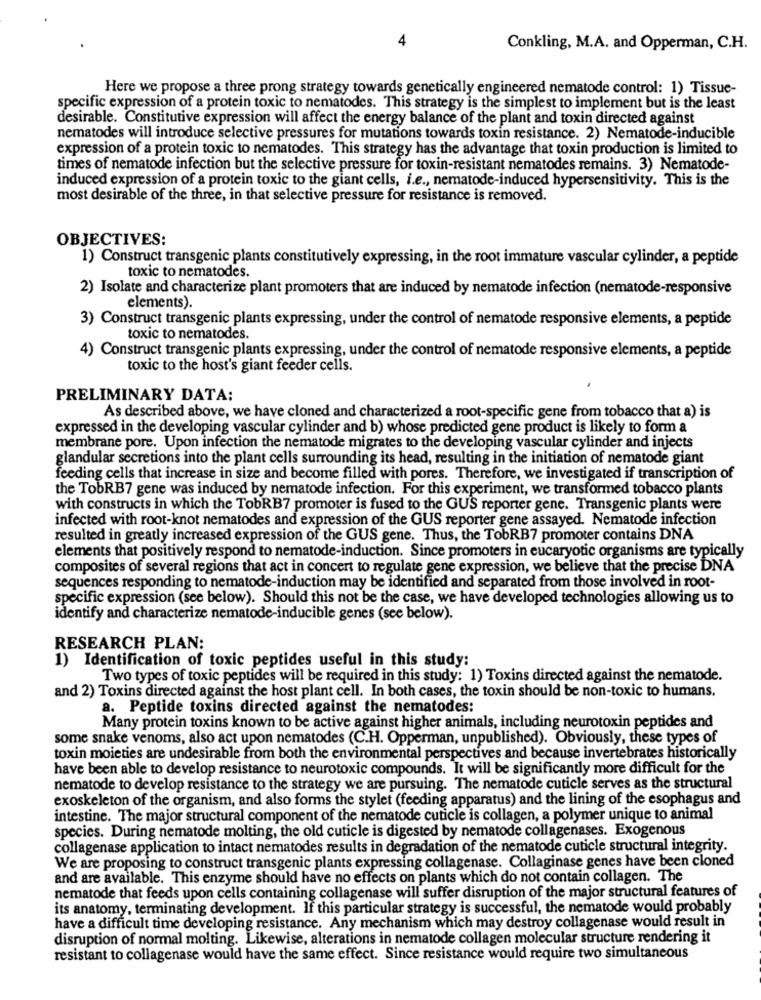
4
Conkling, M.A. and Opperman, C.H.
Here we propose a three prong strategy towards genetically engineered nematode control: 1) Tissue-
specific expression of a protein toxic to nematodes. This strategy is the simplest to implement but is the least
desirable. Constitutive expression will affect the energy balance of the plant and toxin directed against
nematodes will introduce selective pressures for mutations towards toxin resistance. 2) Nematode-inducible
expression of a protein toxic to nematodes. This strategy has the advantage that toxin production is limited to
times of nematode infection but the selective pressure for toxin-resistant nematodes remains. 3) Nematode-
induced expression of a protein toxic to the giant cells, i.e ., nematode-induced hypersensitivity. This is the
most desirable of the three, in that selective pressure for resistance is removed.
OBJECTIVES:
1) Construct transgenic plants constitutively expressing, in the root immature vascular cylinder, a peptide
toxic to nematodes.
2) Isolate and characterize plant promoters that are induced by nematode infection (nematode-responsive
elements).
3) Construct transgenic plants expressing, under the control of nematode responsive elements, a peptide
toxic to nematodes.
4) Construct transgenic plants expressing, under the control of nematode responsive elements, a peptide
toxic to the host's giant feeder cells.
PRELIMINARY DATA:
As described above, we have cloned and characterized a root-specific gene from tobacco that a) is
expressed in the developing vascular cylinder and b) whose predicted gene product is likely to form a
membrane pore. Upon infection the nematode migrates to the developing vascular cylinder and injects
glandular secretions into the plant cells surrounding its head, resulting in the initiation of nematode giant
feeding cells that increase in size and become filled with pores. Therefore, we investigated if transcription of
the TobRB7 gene was induced by nematode infection. For this experiment, we transformed tobacco plants
with constructs in which the TobRB7 promoter is fused to the GUS reporter gene. Transgenic plants were
infected with root-knot nematodes and expression of the GUS reporter gene assayed. Nematode infection
resulted in greatly increased expression of the GUS gene. Thus, the TobRB7 promoter contains DNA
elements that positively respond to nematode-induction. Since promoters in eucaryotic organisms are typically
composites of several regions that act in concert to regulate gene expression, we believe that the precise DNA
sequences responding to nematode-induction may be identified and separated from those involved in root-
specific expression (see below). Should this not be the case, we have developed technologies allowing us to
identify and characterize nematode-inducible genes (see below).
RESEARCH PLAN:
1) Identification of toxic peptides useful in this study:
Two types of toxic peptides will be required in this study: 1) Toxins directed against the nematode.
and 2) Toxins directed against the host plant cell. In both cases, the toxin should be non-toxic to humans.
a. Peptide toxins directed against the nematodes:
Many protein toxins known to be active against higher animals, including neurotoxin peptides and
some snake venoms, also act upon nematodes (C.H. Opperman, unpublished). Obviously, these types of
toxin moieties are undesirable from both the environmental perspectives and because invertebrates historically
have been able to develop resistance to neurotoxic compounds. It will be significantly more difficult for the
nematode to develop resistance to the strategy we are pursuing. The nematode cuticle serves as the structural
exoskeleton of the organism, and also forms the stylet (feeding apparatus) and the lining of the esophagus and
intestine. The major structural component of the nematode cuticle is collagen, a polymer unique to animal
species. During nematode molting, the old cuticle is digested by nematode collagenases. Exogenous
collagenase application to intact nematodes results in degradation of the nematode cuticle structural integrity.
We are proposing to construct transgenic plants expressing collagenase. Collaginase genes have been cloned
and are available. This enzyme should have no effects on plants which do not contain collagen. The
nematode that feeds upon cells containing collagenase will suffer disruption of the major structural features of
its anatomy, terminating development. If this particular strategy is successful, the nematode would probably
have a difficult time developing resistance. Any mechanism which may destroy collagenase would result in
disruption of normal molting. Likewise, alterations in nematode collagen molecular structure rendering it
resistant to collagenase would have the same effect. Since resistance would require two simultaneous